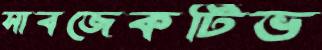
সাবজেকটিভ